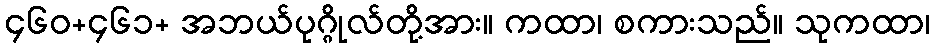
၄၆၀+၄၆၁+ အဘယ်ပုဂ္ဂိုလ်တို့အား။ ကထာ၊ စကားသည်။ သုကထာ၊